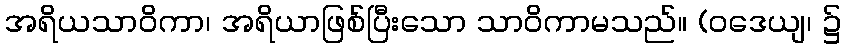
အရိယသာဝိကာ၊ အရိယာဖြစ်ပြီးသော သာဝိကာမသည်။ (ဝဒေယျ၊ ၌